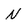
Character: N